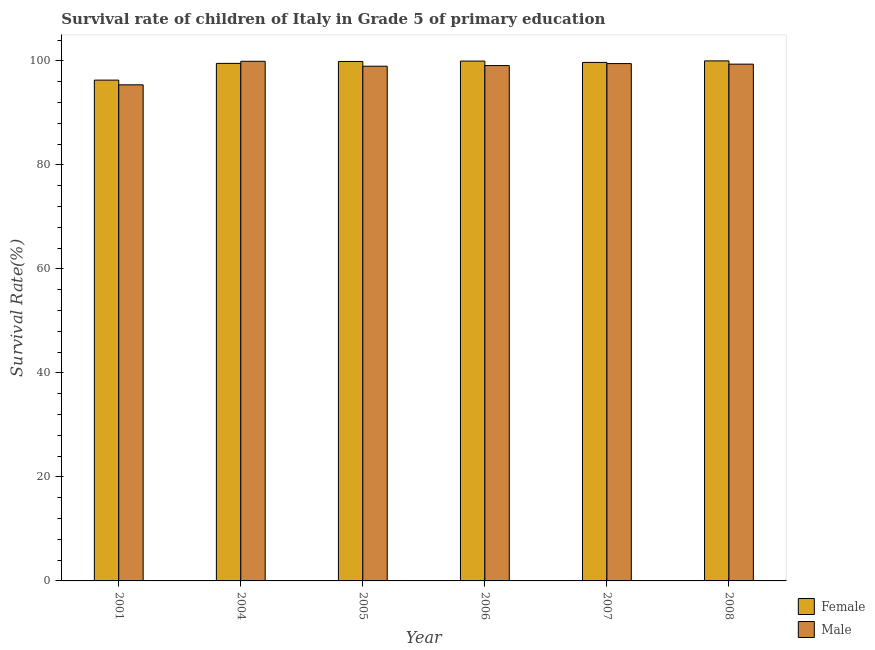
| Year | Female | Male |
 | --- | --- | --- |
 | 2001 | 96.3 | 95.4 |
 | 2004 | 99.5 | 99.9 |
 | 2005 | 99.9 | 99 |
 | 2006 | 99.9 | 99.1 |
 | 2007 | 99.7 | 99.5 |
 | 2008 | 100 | 99.4 |